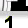
Digit: 1